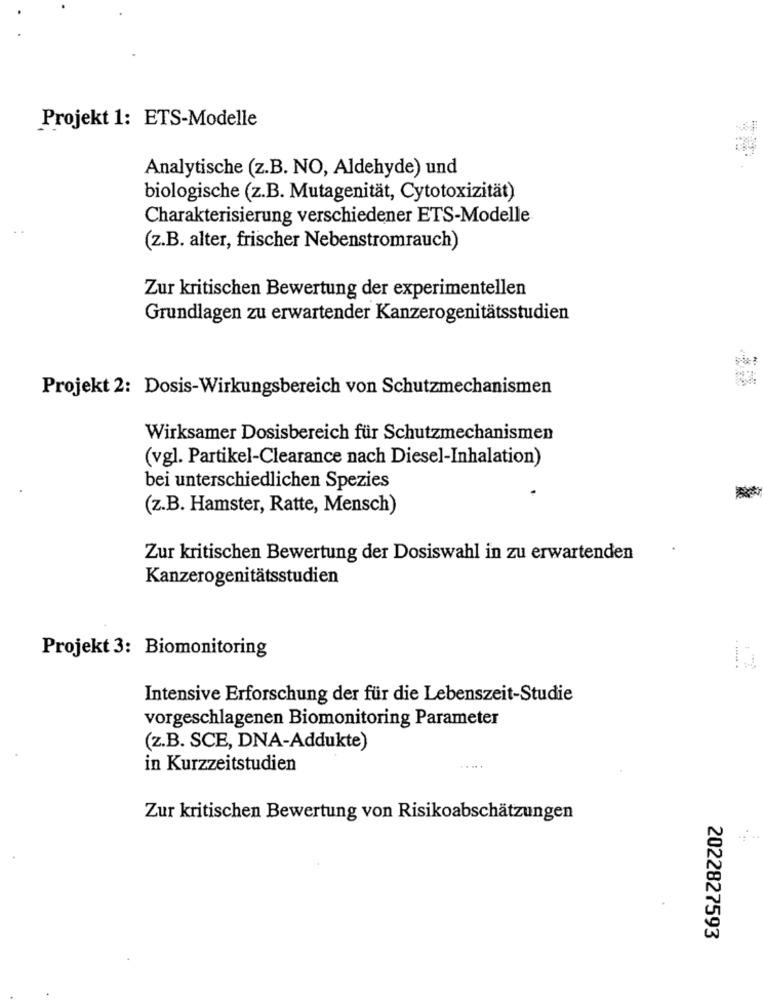
Projekt 1: ETS-Modelle
Analytische (z.B. NO, Aldehyde) und
biologische (z.B. Mutagenität, Cytotoxizität)
Charakterisierung verschiedener ETS-Modelle
(z.B. alter, frischer Nebenstromrauch)
Zur kritischen Bewertung der experimentellen
Grundlagen zu erwartender Kanzerogenitätsstudien
Projekt 2: Dosis-Wirkungsbereich von Schutzmechanismen
Wirksamer Dosisbereich für Schutzmechanismen
(vgl. Partikel-Clearance nach Diesel-Inhalation)
bei unterschiedlichen Spezies
(z.B. Hamster, Ratte, Mensch)
Zur kritischen Bewertung der Dosiswahl in zu erwartenden
Kanzerogenitätsstudien
Projekt 3: Biomonitoring
Intensive Erforschung der für die Lebenszeit-Studie
vorgeschlagenen Biomonitoring Parameter
(z.B. SCE, DNA-Addukte)
.. ...
in Kurzzeitstudien
Zur kritischen Bewertung von Risikoabschätzungen
2022827593